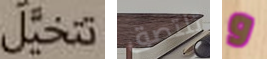
تتخيل تلتصق و